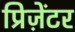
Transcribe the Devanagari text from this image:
प्रिज़ेंटर